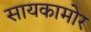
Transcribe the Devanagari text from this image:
सायकामोर